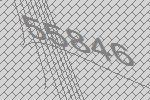
55846